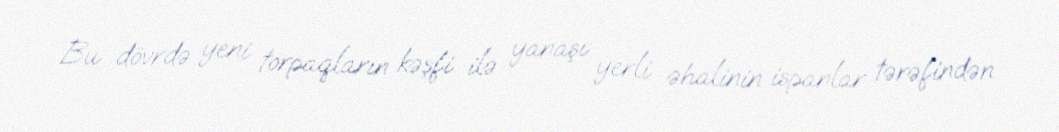
Bu dövrdə yeni torpaqların kəşfi ilə yanaşı yerli əhalinin ispanlar tərəfindən